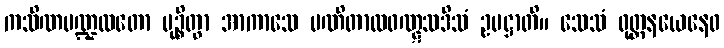
ကသိဏမဏ္ဍလတော မုဉ္စိတွာ အာကာသေ မဏိတာလဝဏ္ဋသဒိသံ ဥပဋ္ဌာတိ။ သေသံ ဝုတ္တနယေနေဝ